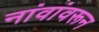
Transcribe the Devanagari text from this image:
नांवांवरून